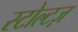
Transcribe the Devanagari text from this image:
स्टोल्टज़